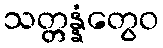
သတ္တန္နံတွေဝ